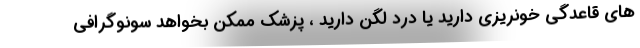
های قاعدگی خونریزی دارید یا درد لگن دارید ، پزشک ممکن بخواهد سونوگرافی